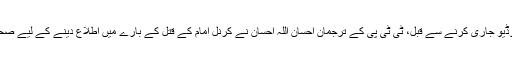
انیس فروری کو وڈیو جاری کرنے سے قبل، ٹی ٹی پی کے ترجمان احسان اللہ احسان نے کرنل امام کے قتل کے بارے میں اطلاع دینے کے لیے صحافیوں کو فون کیا۔